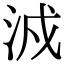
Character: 㳚